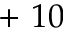
+ ~ 1 0